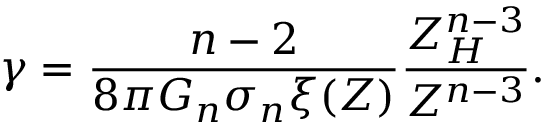
\gamma = \frac { n - 2 } { 8 \pi G _ { n } \sigma _ { n } \xi ( Z ) } \frac { Z _ { H } ^ { n - 3 } } { Z ^ { n - 3 } } .